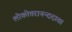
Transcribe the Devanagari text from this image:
लोकोत्तरानन्ददाता